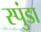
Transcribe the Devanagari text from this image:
स्पुंडा